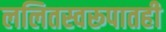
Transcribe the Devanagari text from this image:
ललितस्वरूपातही